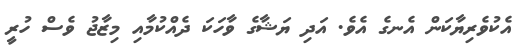
އެކުވެރިޔާކަން އެނގެ އެވެ. އަދި ޔަޝާގެ ވާހަކަ ދެއްކުމާއި މިޒާޖު ވެސް ހުރީ